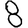
Digit: 8